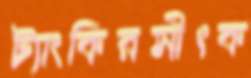
ট্যাংকিরসীৎক